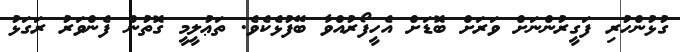
ގުޅުންހުރި ފަގީރުންނަށް ވަރަށް ބޮޑަށް އެހީފޯރުއްވާ ބޭފުޅެކެވެ. ތަޢުލީމީ ގޮތުން ފެންވަރު ރަގަޅު